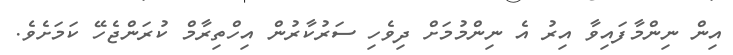
އިން ނިންމާފައިވާ އިރު އެ ނިންމުމަށް ދިވެހި ސަރުކާރުން އިހްތިރާމް ކުރަންޖެހޭ ކަމަށެވެ.